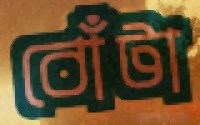
বোঁটা